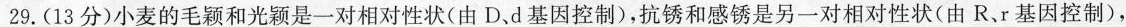
29.(13分)小麦的毛颖和光颖是一对相对性状(由D、d基因控制)，抗锈和感锈是另一对相对性状(由R、r基因控制)，